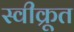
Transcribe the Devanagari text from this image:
स्वीक्रूत